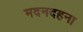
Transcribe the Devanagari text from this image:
मदनदहना